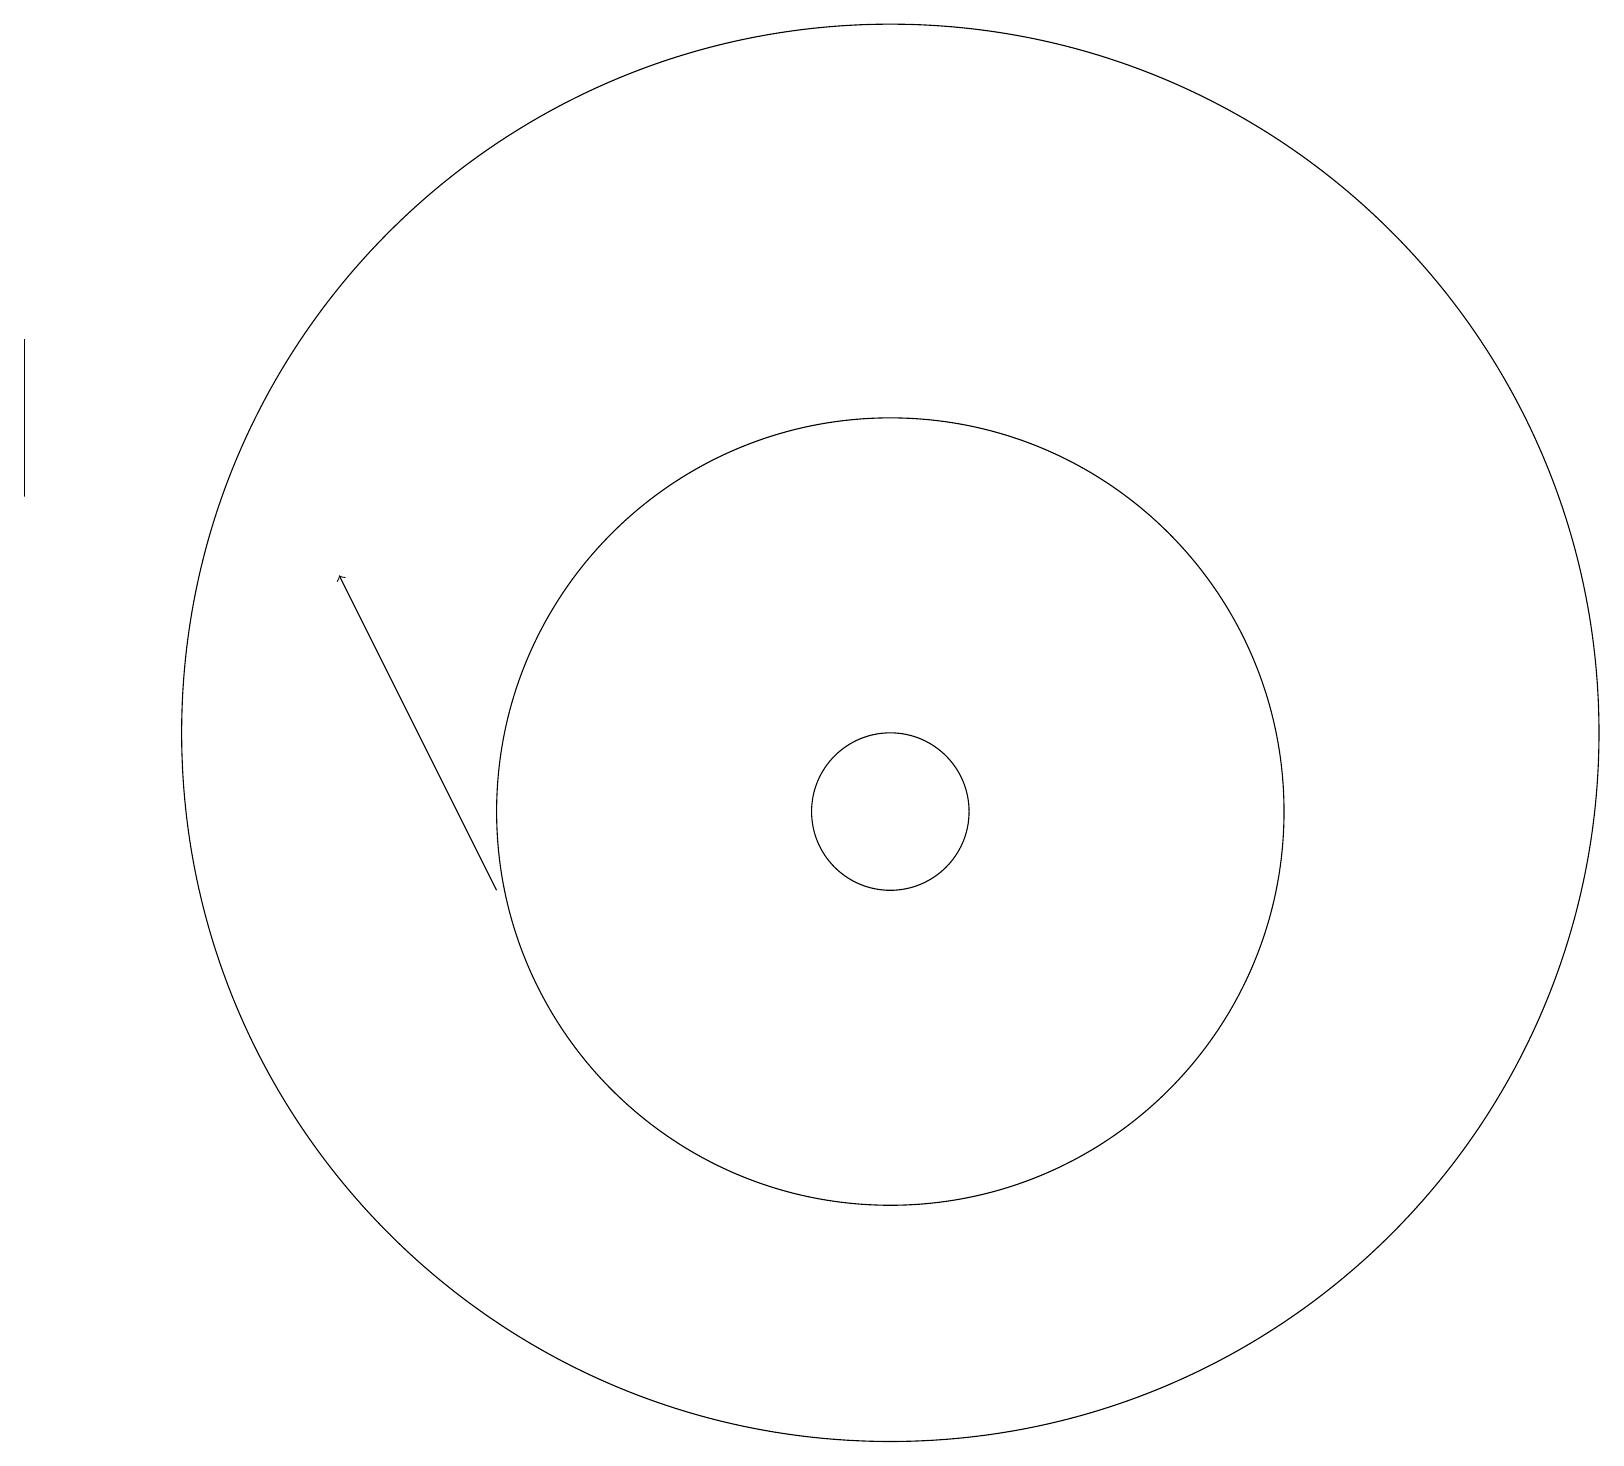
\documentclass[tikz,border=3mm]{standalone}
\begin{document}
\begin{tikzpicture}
\draw (0,17) rectangle (0,15);
\draw (11,11) circle (1);
\draw (11,11) circle (5);
\draw (11,12) circle (9);
\draw[->] (6,10) -- (4,14);
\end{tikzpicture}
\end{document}